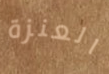
العنزة